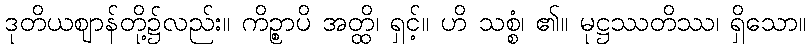
ဒုတိယဈာန်တို့၌လည်း။ ကိဉ္စာပိ အတ္ထိ၊ ရှင့်။ ဟိ သစ္စံ၊ ၏။ မုဋ္ဌဿတိဿ၊ ရှိသော။